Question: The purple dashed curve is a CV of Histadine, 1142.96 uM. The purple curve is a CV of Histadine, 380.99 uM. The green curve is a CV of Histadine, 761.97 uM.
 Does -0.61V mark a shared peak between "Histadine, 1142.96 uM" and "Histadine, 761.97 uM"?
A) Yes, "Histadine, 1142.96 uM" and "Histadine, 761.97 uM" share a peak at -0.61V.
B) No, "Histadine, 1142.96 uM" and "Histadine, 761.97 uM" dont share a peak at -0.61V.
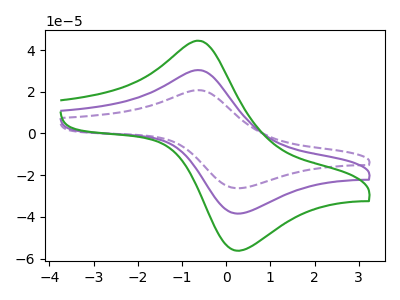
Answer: <think>The purple dashed curve "Histadine, 1142.96 uM" has an anodic peak at (-0.60V, 60.75uA) and a cathodic peak at (0.35V, -76.65uA). The purple curve "Histadine, 380.99 uM" has an anodic peak at (-0.60V, 30.40uA) and a cathodic peak at (0.35V, -38.30uA). The green curve "Histadine, 761.97 uM" has an anodic peak at (-0.60V, 44.45uA) and a cathodic peak at (0.35V, -56.05uA).</think>
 <answer>A) Yes, "Histadine, 1142.96 uM" and "Histadine, 761.97 uM" share a peak at -0.61V.</answer>
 <eval>A</eval>